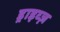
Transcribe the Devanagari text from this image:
ड्राइव्ज़